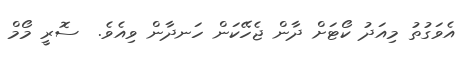
އެވަގުތު މިއަދު ކޯޓަށް ދާން ޖެހޭކަން ހަނދާން ވިއެވެ.  ސޮރީ މޯމް